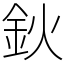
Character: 鈥